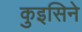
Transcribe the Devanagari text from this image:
कुइसिने